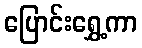
ပြောင်းရွှေ့ကာ